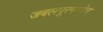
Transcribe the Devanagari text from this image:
जबलपूरमध्येच